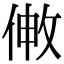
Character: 敒